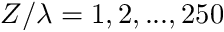
Z / \lambda = 1 , 2 , . . . , 2 5 0